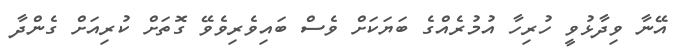
އޭނާ ވިދާޅުވީ ހުރިހާ އުމުރެއްގެ ބަޔަކަށް ވެސް ބައިވެރިވެވޭ ގޮތަށް ކުރިއަށް ގެންދާ